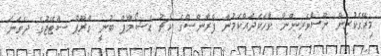
މިރޭގެކުރިން ނޫސްވެރިންނާ ވާހަކަދައްކަމުން ފްރާންސްގެ ކޯޗު ޑެޝޯމްޕް ބުނީ ގްރޫޕް ސްޓޭޖުގެ ދެވަނަ